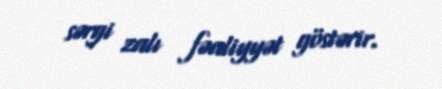
sərgi zalı fəaliyyət göstərir.